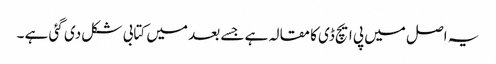
یہ اصل میں پی ایچ ڈی کا مقالہ ہے جسے بعد میں کتابی شکل دی گئی ہے ۔